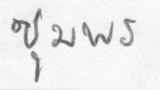
ชุมพร